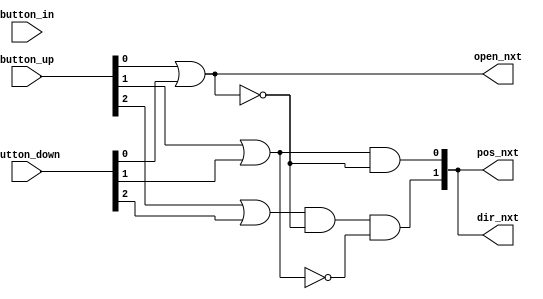
module full_stop_close_controller(
	button_up, button_down, button_in,
	pos_nxt, open_nxt, dir_nxt
);
	input [2:0] button_up;
	input [2:0] button_down;
	input [2:0] button_in;

	output [1:0] pos_nxt;
	output open_nxt;
	output [1:0] dir_nxt;

	wire stay, up, down;
	wire stay_n, up_n, down_n;

	// not values
	not(stay_n, stay);
	not(up_n, up);
	not(down_n, down);
	
	// check the branching conditions
	or(stay, button_up[0], button_down[0]);
	or(up, button_up[1], button_down[1]);
	or(down, button_up[2], button_down[2]);

	// compute next states
	assign open_nxt = stay;
	and(pos_nxt[1], down, stay_n, up_n);
	and(pos_nxt[0], up, stay_n);
	and(dir_nxt[1], down, stay_n, up_n);
	and(dir_nxt[0], up, stay_n);

endmodule

module full_stop_open_controller(
	button_up, button_down, button_in,
	pos_nxt, open_nxt, dir_nxt
);
	input [2:0] button_up;
	input [2:0] button_down;
	input [2:0] button_in;

	output [1:0] pos_nxt;
	output open_nxt;
	output [1:0] dir_nxt;

	wire up, down;
	wire up_n, down_n;

	// not values
	not(up_n, up);
	not(down_n, down);
	
	// check the branching conditions
	or(up, button_in[1]);
	or(down, button_in[2]);

	// compute next states
	assign open_nxt = 1'b0;
    assign pos_nxt = 2'b00;
	and(dir_nxt[1], down);
	and(dir_nxt[0], up);

endmodule

module full_up_close_controller(
	button_up, button_down, button_in,
	pos_nxt, open_nxt, dir_nxt
);
	input [2:0] button_up;
	input [2:0] button_down;
	input [2:0] button_in;

	output [1:0] pos_nxt;
	output open_nxt;
	output [1:0] dir_nxt;

    wire open, open_down, up, up_or;

    wire [2:0] button_in_n, button_up_n;
    wire button_down_1_n;

	// not values
    not(button_in_n[0], button_in[0]);
    not(button_in_n[1], button_in[1]);
    not(button_in_n[2], button_in[2]);
    not(button_up_n[0], button_up[0]);
    not(button_up_n[1], button_up[1]);
    not(button_up_n[2], button_up[2]);
    not(button_down_1_n, button_down[1]);
	
	// check the branching conditions
    and(open_down, button_in_n[0], button_in_n[1], button_up_n[0], button_up_n[1], button_down_1_n, button_down[0]);
    or(open, button_in[0], button_up[0], open_down);

    or(up_or, button_in[1], button_up[1], button_down[1]);
    and(up, button_in_n[0], button_up_n[0], up_or);

	// compute next states
	assign open_nxt = open;
    assign pos_nxt[1] = 1'b0;
	and(pos_nxt[0], up);
    assign dir_nxt = 2'b01;

endmodule


module full_up_open_controller(
	button_up, button_down, button_in,
	pos_nxt, open_nxt, dir_nxt
);
	input [2:0] button_up;
	input [2:0] button_down;
	input [2:0] button_in;

	output [1:0] pos_nxt;
	output open_nxt;
	output [1:0] dir_nxt;

    wire up, up_or, down, down_or;
    wire up_n;
    wire button_in_2_n;

	// not values
	not(up_n, up);
    not(button_in_2_n, button_in[2]);
	
	// check the branching conditions
    or(up_or, button_in[1], button_up[1], button_down[1]);
    and(up, button_in_2_n, up_or);
    or(down_or, button_in[2], button_up[2], button_down[2]);
    and(down, up_n, down_or);

	// compute next states
	assign open_nxt = 1'b0;
    assign pos_nxt = 2'b00;
	and(dir_nxt[1], down, up_n);
	and(dir_nxt[0], up);

endmodule


module full_down_close_controller(
	button_up, button_down, button_in,
	pos_nxt, open_nxt, dir_nxt
);
	input [2:0] button_up;
	input [2:0] button_down;
	input [2:0] button_in;

	output [1:0] pos_nxt;
	output open_nxt;
	output [1:0] dir_nxt;

    wire open, open_up, up, up_or;

    wire [2:0] button_in_n, button_down_n;
    wire button_up_2_n;

	// not values
    not(button_in_n[0], button_in[0]);
    not(button_in_n[1], button_in[1]);
    not(button_in_n[2], button_in[2]);
    not(button_down_n[0], button_down[0]);
    not(button_down_n[1], button_down[1]);
    not(button_down_n[2], button_down[2]);
    not(button_up_2_n, button_up[2]);
	
	// check the branching conditions
    and(open_up, button_in_n[0], button_in_n[2], button_down_n[0], button_down_n[2], button_up_2_n, button_up[0]);
    or(open, button_in[0], button_down[0], open_up);

    or(down_or, button_in[2], button_up[2], button_down[2]);
    and(down, button_in_n[0], button_down_n[0], down_or);

	// compute next states
	assign open_nxt = open;
    assign pos_nxt[0] = 1'b0;
	and(pos_nxt[1], down);
    assign dir_nxt = 2'b10;

endmodule


module full_down_open_controller(
	button_up, button_down, button_in,
	pos_nxt, open_nxt, dir_nxt
);
	input [2:0] button_up;
	input [2:0] button_down;
	input [2:0] button_in;

	output [1:0] pos_nxt;
	output open_nxt;
	output [1:0] dir_nxt;

    wire down, down_or, up, up_or;
    wire down_n;
    wire button_in_1_n;

	// not values
	not(down_n, down);
    not(button_in_1_n, button_in[1]);
	
	// check the branching conditions
    or(down_or, button_in[2], button_up[2], button_down[2]);
    and(down, button_in_1_n, down_or);
    or(up_or, button_in[1], button_up[1], button_down[1]);
    and(up, down_n, up_or);

	// compute next states
	assign open_nxt = 1'b0;
    assign pos_nxt = 2'b00;
	and(dir_nxt[0], up, down_n);
	and(dir_nxt[1], down);

endmodule


module half_controller(
	button_up, button_down, button_in, dir_cur,
	pos_nxt, open_nxt, dir_nxt
);
	input [2:0] button_up;
	input [2:0] button_down;
	input [2:0] button_in;
	input [1:0] dir_cur;

	output [1:0] pos_nxt;
	output open_nxt;
	output [1:0] dir_nxt;

	// compute next states
	assign open_nxt = 1'b0;

    assign pos_nxt = dir_cur;
    assign dir_nxt = dir_cur;

endmodule